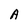
Character: A